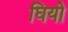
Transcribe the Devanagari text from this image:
घियो